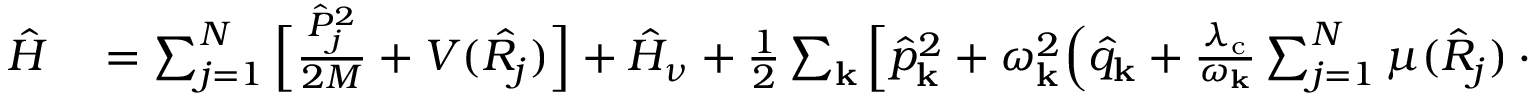
\begin{array} { r l } { \hat { H } } & { { } = \sum _ { j = 1 } ^ { N } \Big [ \frac { \hat { P } _ { j } ^ { 2 } } { 2 M } + V ( \hat { R _ { j } } ) \Big ] + \hat { H } _ { \nu } + \frac { 1 } { 2 } \sum _ { \mathbf { k } } \Big [ \hat { p } _ { \mathrm { \mathbf { k } } } ^ { 2 } + \omega _ { \mathbf { k } } ^ { 2 } \Big ( \hat { q } _ { \mathrm { \mathbf { k } } } + { \frac { \lambda _ { \mathrm { c } } } { \omega _ { \bf k } } } \sum _ { j = 1 } ^ { N } \mu ( \hat { R } _ { j } ) \cdot \cos \varphi _ { j } \Big ) ^ { 2 } \Big ] + \hat { H } _ { \mathrm { l o s s } } . } \end{array}